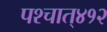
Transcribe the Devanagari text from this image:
पश्‍चात्‌४१२